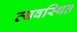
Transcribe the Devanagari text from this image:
व्‍यवस्‍िथत